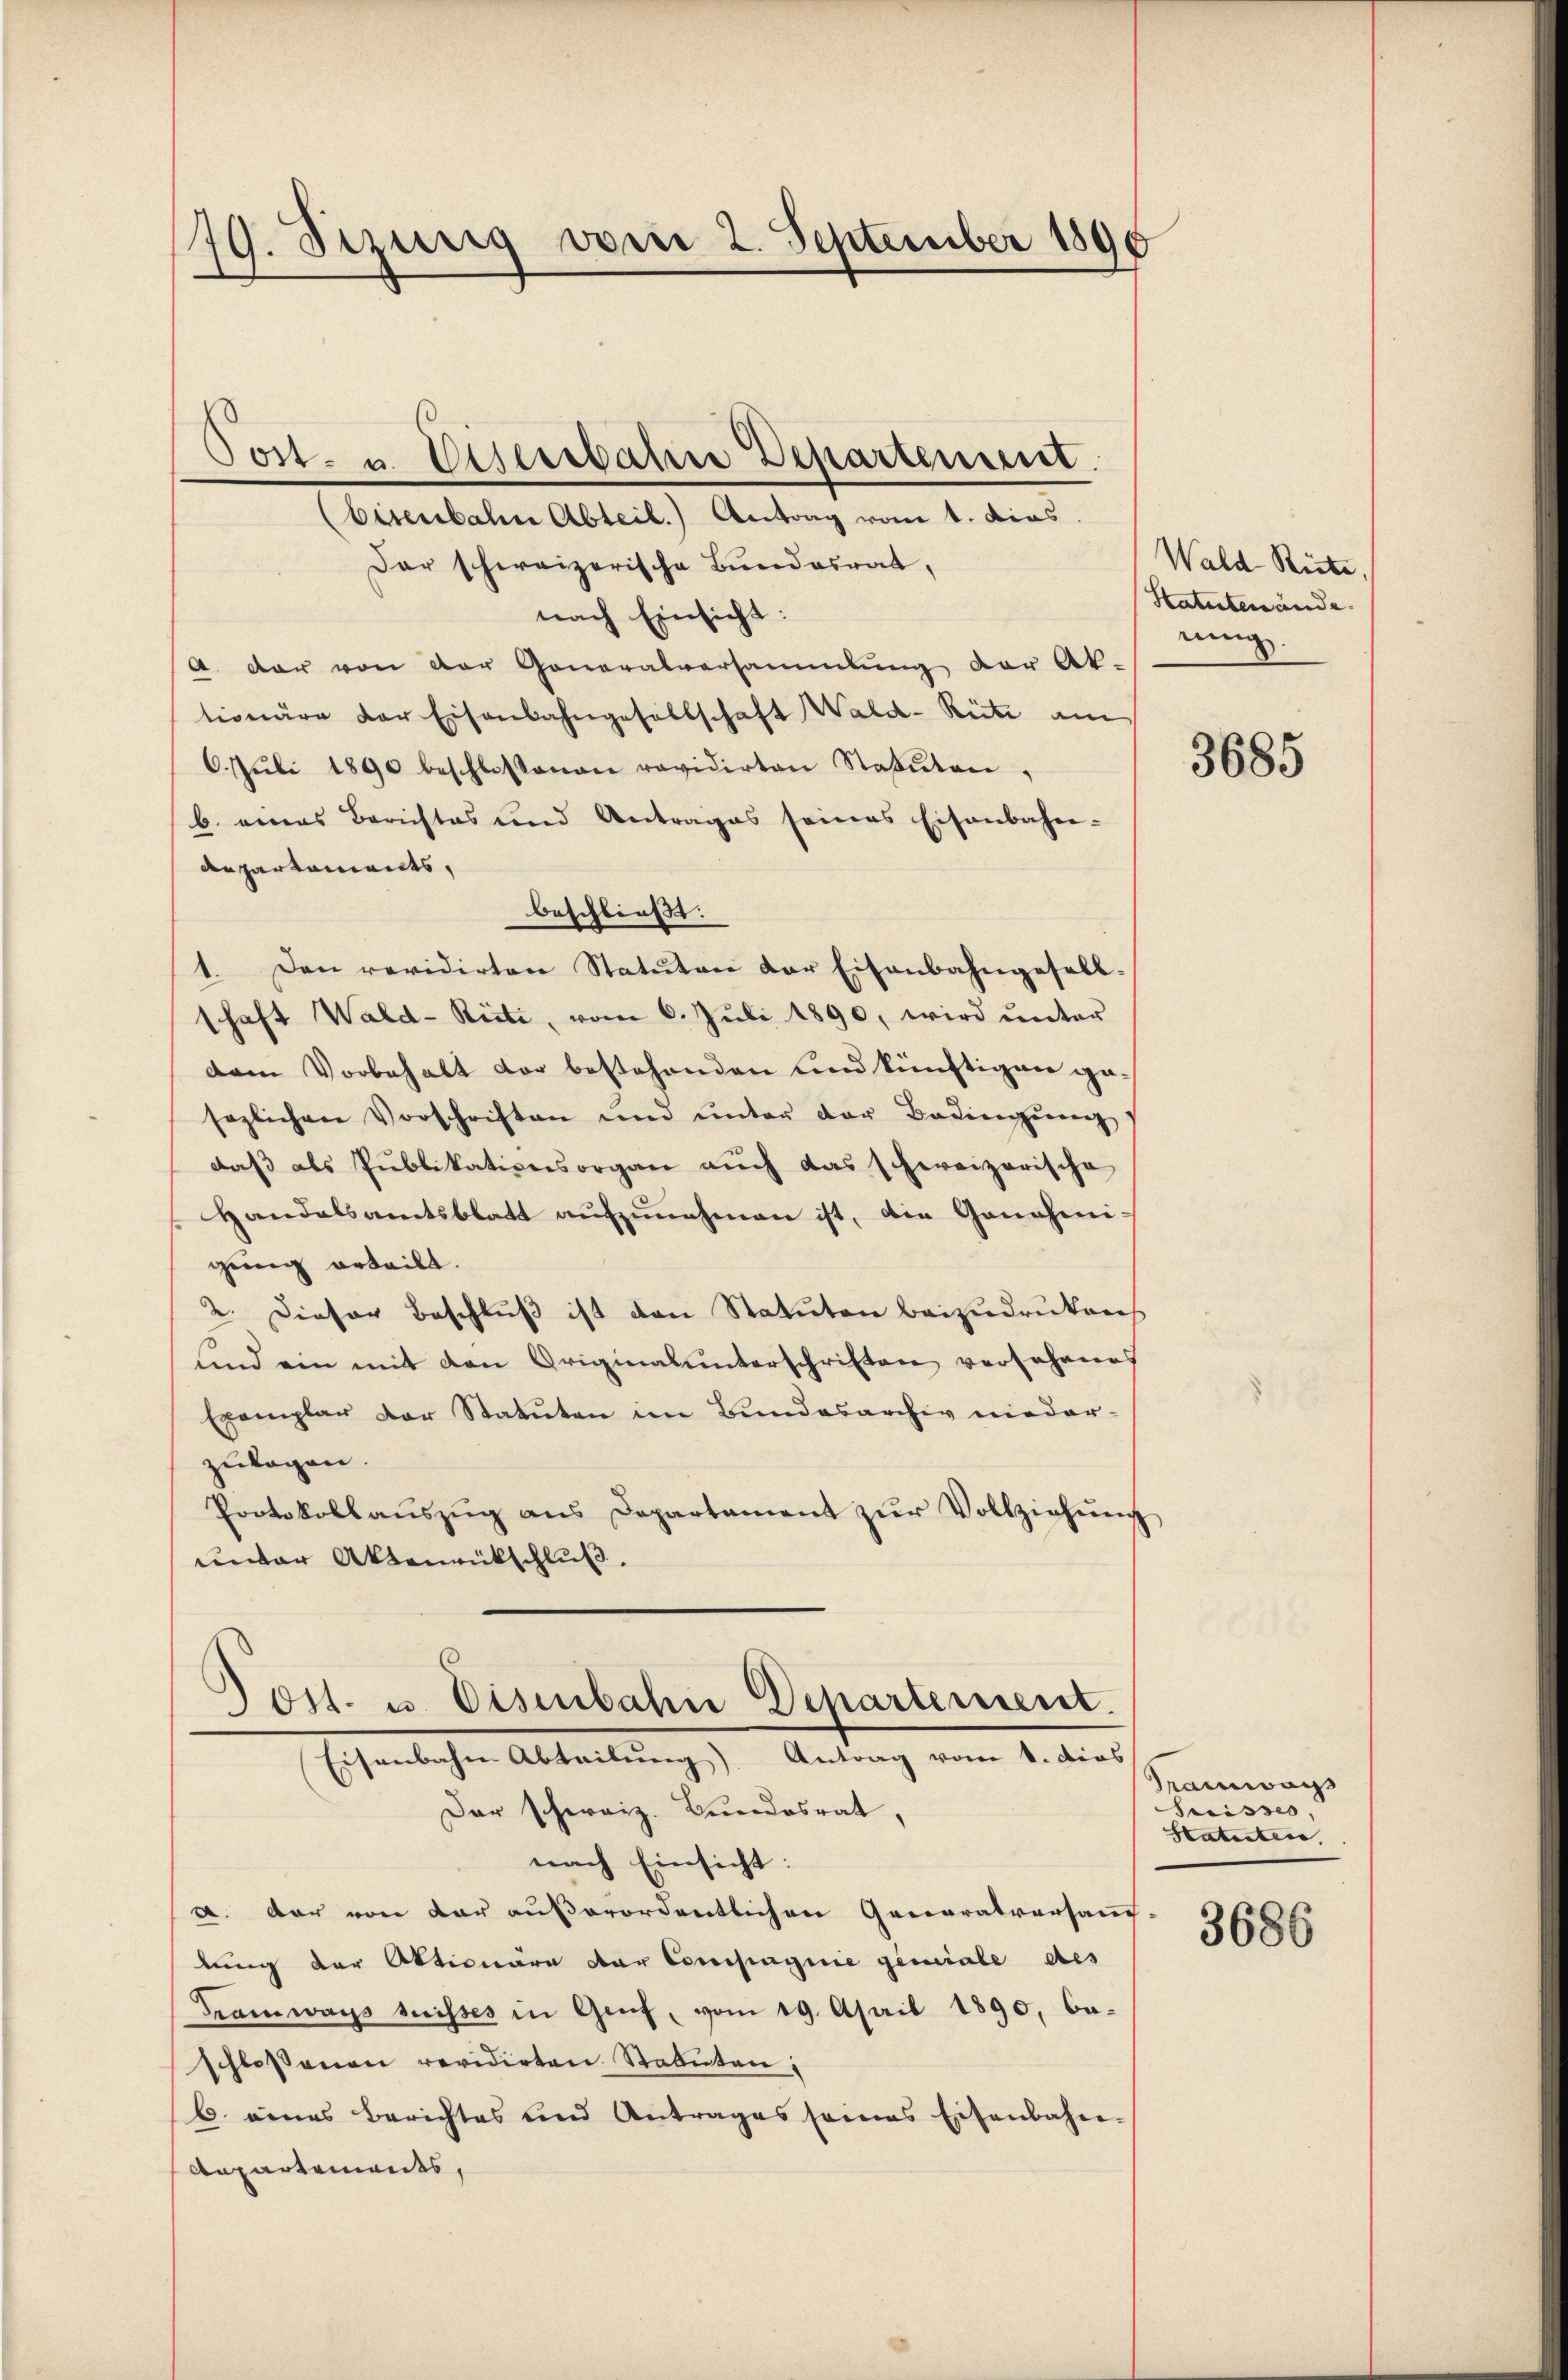
179. Sizung vom 2. September 1890

Post- u. Eisenbahne Departement.

Eisenbahn Abteil.) Antrag vom 1. dies.
Dar schweizerische Bundesrat,
nach Einsicht:
A. dar von der Generalversammlung der Ak-
tionäre der Eisenbahngesellschaft Wald-Rüti am
6. Jŭli 1890 beschlossenen revidirten Statuten,
b. eines Berichtes und Antrages seines Eisenbahn-
departaments,
beschließt:
1. Den revidirten Statuten der Eisenbahngesellschaft Wald-Risti, vom 6. Juli 1890, wird ŭnter
vem Vorbehalt vor bestehenden und künftigen gesezlichen Vorschriften und ŭnter der Bedingŭng
daß als Publikationsorgan auch das schweizerische
Handalsamtsblatt aufzunehmen ist, die Genehini
gung erteilt.
2. Dieser Beschluß ist den Statuten beizudrukens
und ein mit den Originalunterschriften versehenes
Exemplar der Statuten im Bundesarchiv nieder-
zulagen.
Protokollaŭszŭg ans Departament zŭr Vollziehŭng
unter Aktenrückschluß.

Post- u. Eisenbahn Departement.
Eisenbahn Abteilung Antrag vom 1. dies

Wald Riete,
Hatutenände.
nung.

Der schweiz. Bundesrat,
nach Einsicht:
a. Das von dar außerordentlichen Generalversam
lung der Aktionäre der Compagnie geniale des
Tramways suisses in Genf, vom 19. April 1890, Ba-
schlossenen revidirten Statuten:
6. eines Berichtes und Antrages seines Eisenbahn-
Aepartements,

3685

Tramways
Suisses
Statuten.

3686